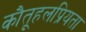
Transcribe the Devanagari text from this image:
कौतूहलप्रियता